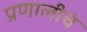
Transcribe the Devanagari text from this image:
प्रणालीचं